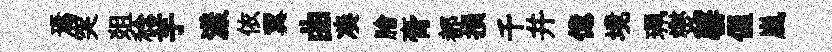
焉突爼稔芋漾依翼曲凑膾膏都損千并億境珮爕罄偓嵐